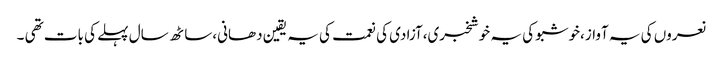
نعروں کی یہ آواز،خوشبو کی یہ خوشخبری،آزادی کی نعمت کی یہ یقین دھانی،ساٹھ سال پہلے کی بات تھی ۔